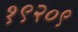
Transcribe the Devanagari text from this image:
१९२०९